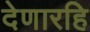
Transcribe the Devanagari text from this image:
देणारहि